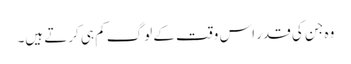
وہ جن کی قدر اس وقت کے لوگ کم ہی کرتے ہیں۔